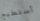
أستطيع